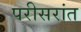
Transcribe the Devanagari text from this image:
परीसरांत